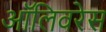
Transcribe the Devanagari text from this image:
ऑलिवरेस